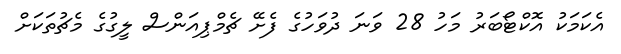
އެކަމަކު އޮކްޓޯބަރު މަހު 28 ވަނަ ދުވަހުގެ ފެށޭ ޗެމްޕިއަންސް ލީގުގެ މެޗުތަކަަށް